Reports on dispensaries and lunatic asylums in the Province of Oudh - 1869-1876
Year: 1869
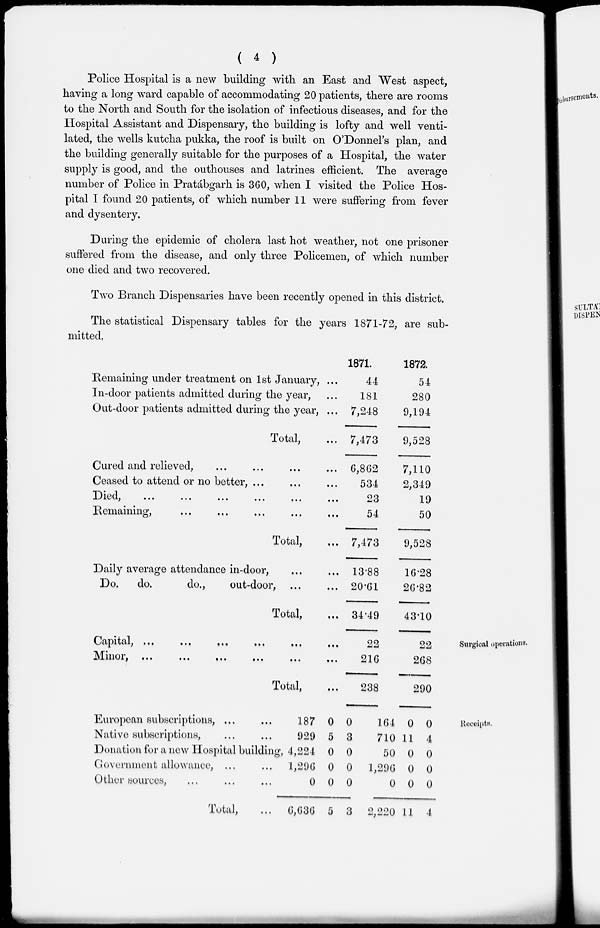
( 4 )
Police Hospital is a new building with an East and West aspect,
having a long ward capable of accommodating 20 patients, there are rooms
to the North and South for the isolation of infectious diseases, and for the
Hospital Assistant and Dispensary, the building is lofty and well venti-
lated, the wells kutcha pukka, the roof is built on O'Donnel's plan, and
the building generally suitable for the purposes of a Hospital, the water
supply is good, and the outhouses and latrines efficient. The average
number of Police in Pratábgarh is 360, when I visited the Police Hos-
pital I found 20 patients, of which number 11 were suffering from fever
and dysentery.
During the epidemic of cholera last hot weather, not one prisoner
suffered from the disease, and only three Policemen, of which number
one died and two recovered.
Two Branch Dispensaries have been recently opened in this district.
The statistical Dispensary tables for the years 1871-72, are sub-
mitted.
Surgical operations.
Remaining under treatment on 1st January, ...
In-door patients admitted during the year, ...
Out-door patients admitted during the year, ...
Total, ...
Cured and relieved, ... ... ... ...
Ceased to attend or no better, ... ... ...
Died,
...
...
...
...
...
...
Remaining, ... ... ... ... ...
Total,
Daily average attendance in-door,
Do.
do.
do.,
out-door,
Total, ...
Capital,
...
...
...
...
...
...
Minor ... ... ... ... ... ...
Total, ...
1871.
44
181
7,248
7,473
6,862
534
23
54
7,473
13.88
20.61
34.49
22
216
238
1872.
54
280
9,194
9,528
7,110
2,349
19
50
9,528
16.28
26.82
43.10
22
268
290
Receipts.
European subscriptions, ... ...
Native subscriptions, ... ...
Donation for a new Hospital building,
Government allowance, ... ...
Other sources, ... ... ...
Total, ...
187
929
4,224
1,296
0
6,636
0
5
0
0
0
5
0
3
0
0
0
3
164
710
50
1,296
0
2,220
0
11
0
0
0
11
0
4
0
0
0
4